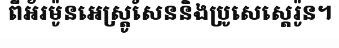
ពីអ័រម៉ូនអេស្ត្រូសែននិងប្រូសេស្តេរ៉ូន។